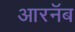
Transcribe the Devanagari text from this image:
आरनॅब